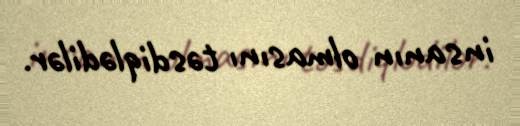
insanın olmasını təsdiqlədilər.